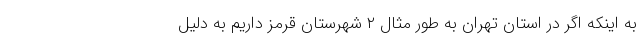
به اینکه اگر در استان تهران به طور مثال ۲ شهرستان قرمز داریم به دلیل